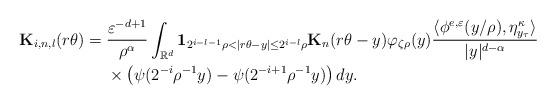
LaTeX: \begin{align*}\mathbf{K}_{i,n,l}(r\theta)&= \frac{\varepsilon^{-d+1}}{\rho^\alpha}\int_{\mathbb{R}^d}\mathbf{1}_{2^{i-l-1}\rho<|r\theta-y|\leq 2^{i-l}\rho }\mathbf{K}_{n}(r\theta-y)\varphi_{\zeta\rho}(y)\frac{\langle\phi^{e,\varepsilon}(y/\rho),\eta^{\kappa}_{y_{\tau}}\rangle}{|y|^{d-\alpha}}\\&~~~~\times\left(\psi(2^{-i}\rho^{-1} y)-\psi(2^{-i+1}\rho^{-1} y)\right)dy.\end{align*}